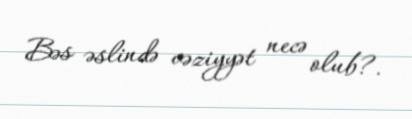
Bəs əslində vəziyyət necə olub?.